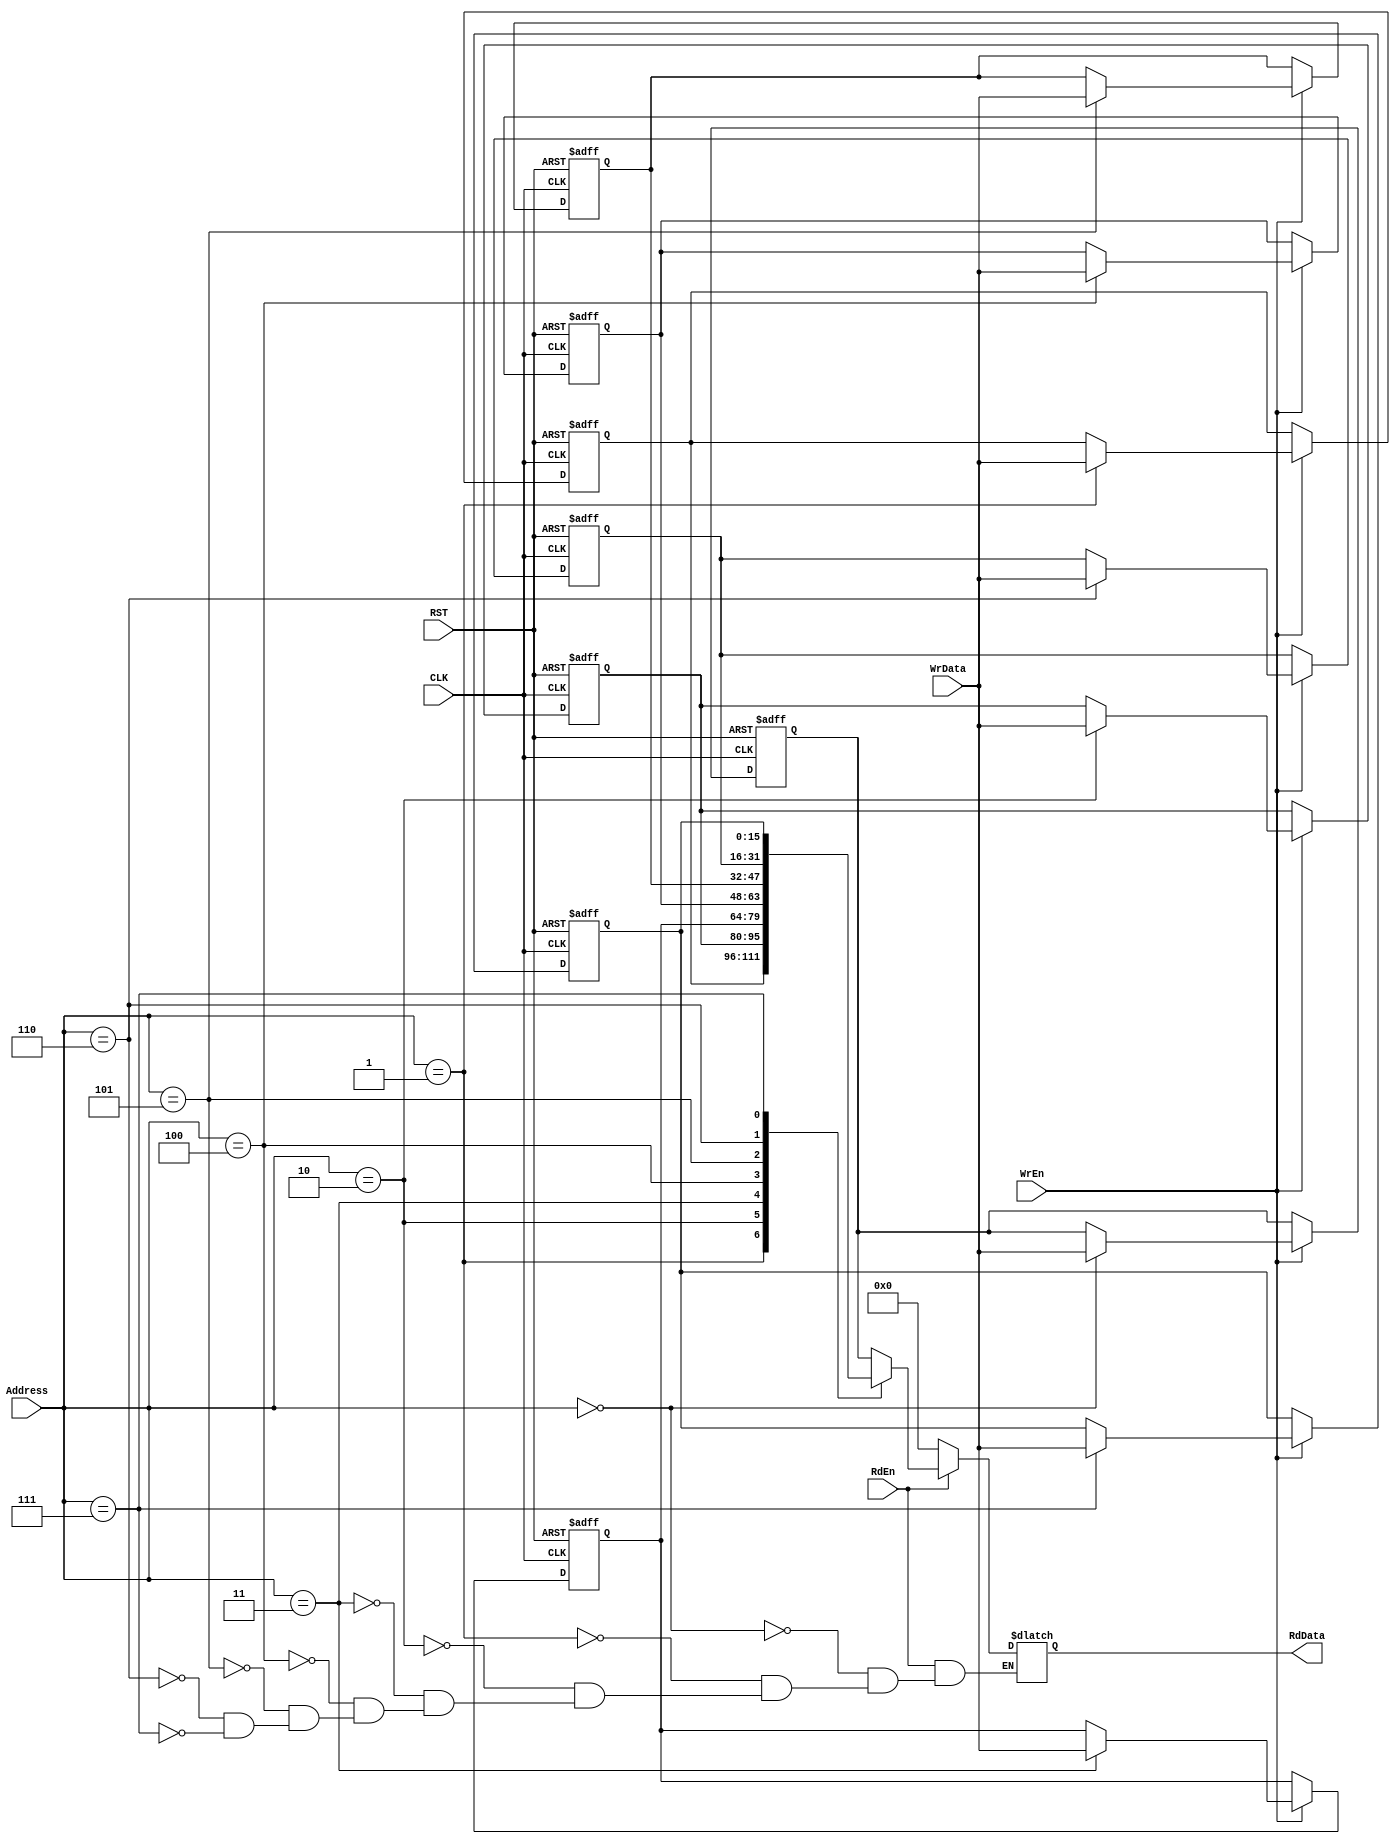
module register_file (
    input wire [15:0] WrData,
    input wire [3:0] Address,
    input wire WrEn, RdEn, CLK, RST,
    output reg [15:0] RdData
);

    reg [15:0] Reg_File [0:7];

    always @(*) begin
        if (RdEn) begin
            case (Address)
                4'h0: RdData <= Reg_File[0];
                4'h1: RdData <= Reg_File[1];
                4'h2: RdData <= Reg_File[2];
                4'h3: RdData <= Reg_File[3];
                4'h4: RdData <= Reg_File[4];
                4'h5: RdData <= Reg_File[5];
                4'h6: RdData <= Reg_File[6];
                4'h7: RdData <= Reg_File[7];
            endcase
        end else begin
            RdData = 16'b0;
        end
    end

    always @(posedge CLK, negedge RST) begin
        if (!RST) begin
            Reg_File[0] <= 16'b0;
            Reg_File[1] <= 16'b0;
            Reg_File[2] <= 16'b0;
            Reg_File[3] <= 16'b0;
            Reg_File[4] <= 16'b0;
            Reg_File[5] <= 16'b0;
            Reg_File[6] <= 16'b0;
            Reg_File[7] <= 16'b0;
        end else if (WrEn) begin
            case (Address)
                4'h0: Reg_File[0] <= WrData;
                4'h1: Reg_File[1] <= WrData;
                4'h2: Reg_File[2] <= WrData;
                4'h3: Reg_File[3] <= WrData;
                4'h4: Reg_File[4] <= WrData;
                4'h5: Reg_File[5] <= WrData;
                4'h6: Reg_File[6] <= WrData;
                4'h7: Reg_File[7] <= WrData;
            endcase
        end
    end

endmodule